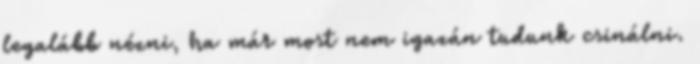
legalább nézni, ha már most nem igazán tudunk csinálni.